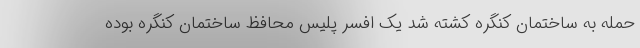
حمله به ساختمان کنگره کشته شد یک افسر پلیس محافظ ساختمان کنگره بوده